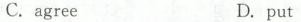
C. agreeD. put